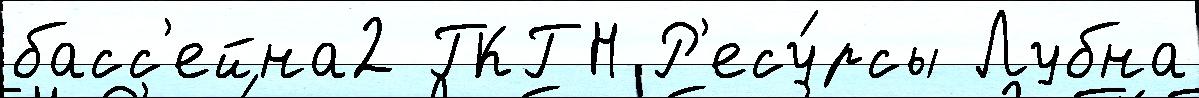
басс'ейна2 ГКГН Р'есу́рсы Лубна